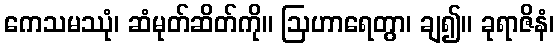
ကေသမဿုံ၊ ဆံမုတ်ဆိတ်ကို။ ဩဟာရေတွာ၊ ချ၍။ ခုရာဇိနံ၊